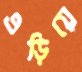
এড়িয়ে